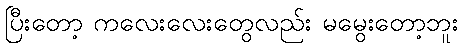
ပြီးတော့ ကလေးလေးတွေလည်း မမွေးတော့ဘူး